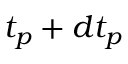
t _ { p } + d t _ { p }